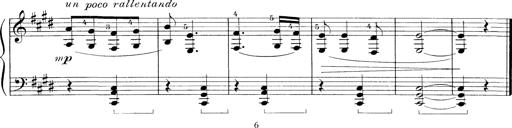
Title: 5 Ungarische Volkslieder
Composer: Franz Liszt